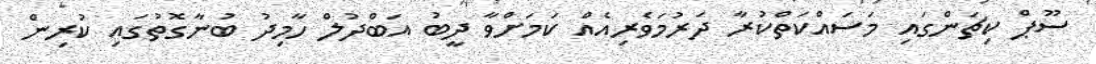
ސޫޕް ކިޗަންގައި މަސައްކަތްކުރާ ދަރުމަވެރިއެއް ކަމަށްވާ ދީބު އަބްދުލް ހާމިދު ބުނާގޮތުގައި ކުރިން